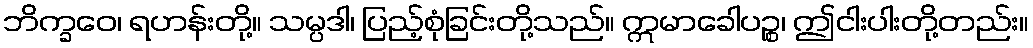
ဘိက္ခဝေ၊ ရဟန်းတို့။ သမ္ပဒါ၊ ပြည့်စုံခြင်းတို့သည်။ ဣမာခေါပဉ္စ၊ ဤငါးပါးတို့တည်း။